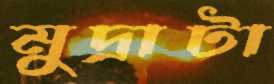
মুদ্রাটা